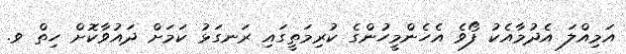
އަމިއްލަ އެދުމާއެކު ފޯވެ އެހެންމީހުންގެ ކުރިމަތީގައި ރަނގަޅު ކަމަށް ދައުވާކޮށް ހިތް ވ.